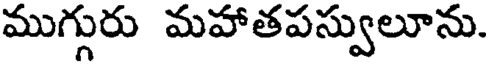
ముగ్గురు మహాతపస్వులూను.